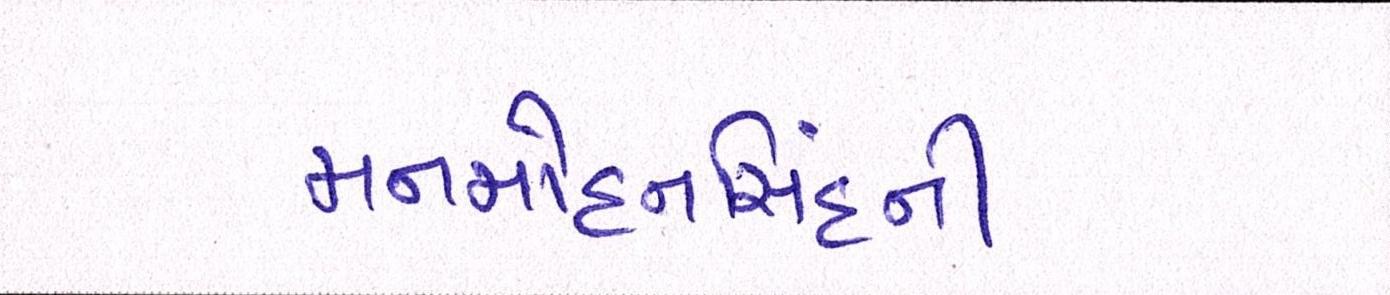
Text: મનમોહનિંસહની